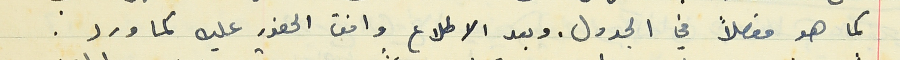
كما هو مفصلاً في الجدول. وبعد الاطلاع وافق الحضور عليه كما ورد.